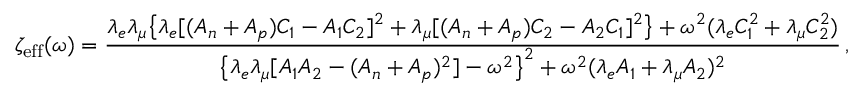
\zeta _ { \mathrm { e f f } } ( \omega ) = \frac { \lambda _ { e } \lambda _ { \mu } \big \{ \lambda _ { e } [ ( A _ { n } + A _ { p } ) C _ { 1 } - A _ { 1 } C _ { 2 } ] ^ { 2 } + \lambda _ { \mu } [ ( A _ { n } + A _ { p } ) C _ { 2 } - A _ { 2 } C _ { 1 } ] ^ { 2 } \big \} + \omega ^ { 2 } ( \lambda _ { e } C _ { 1 } ^ { 2 } + \lambda _ { \mu } C _ { 2 } ^ { 2 } ) } { \big \{ \lambda _ { e } \lambda _ { \mu } [ A _ { 1 } A _ { 2 } - ( A _ { n } + A _ { p } ) ^ { 2 } ] - \omega ^ { 2 } \big \} ^ { 2 } + \omega ^ { 2 } ( \lambda _ { e } A _ { 1 } + \lambda _ { \mu } A _ { 2 } ) ^ { 2 } } \, ,